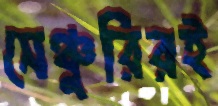
সেঞ্চুরিরই